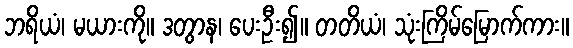
ဘရိယံ၊ မယားကို။ ဒတွာန၊ ပေးဦး၍။ တတိယံ၊ သုံးကြိမ်မြောက်ကား။